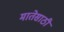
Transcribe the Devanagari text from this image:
मातेसाठी